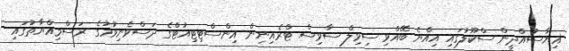
ޣިޔާސުއްދީން ސްކޫލުގައި އިއްޔެ ބޭއްވި ސިވިލް ސާވިސް ޓްރެއިނިން އިންސްޓިޓިއުޓްގެ ދަސްވެނިވުމުގެ ރަސްމިއްޔާތުގައި